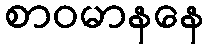
စာဝမာနနေ